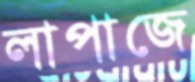
লাপাজে